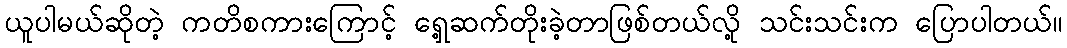
ယူပါမယ်ဆိုတဲ့ ကတိစကားကြောင့် ရှေ့ဆက်တိုးခဲ့တာဖြစ်တယ်လို့ သင်းသင်းက ပြောပါတယ်။